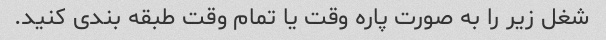
شغل زیر را به صورت پاره وقت یا تمام وقت طبقه بندی کنید.